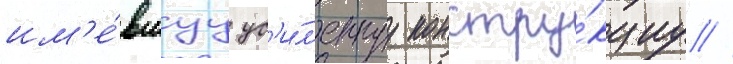
им'е́вшуу ус'и́л'еннуу констру́кциу //